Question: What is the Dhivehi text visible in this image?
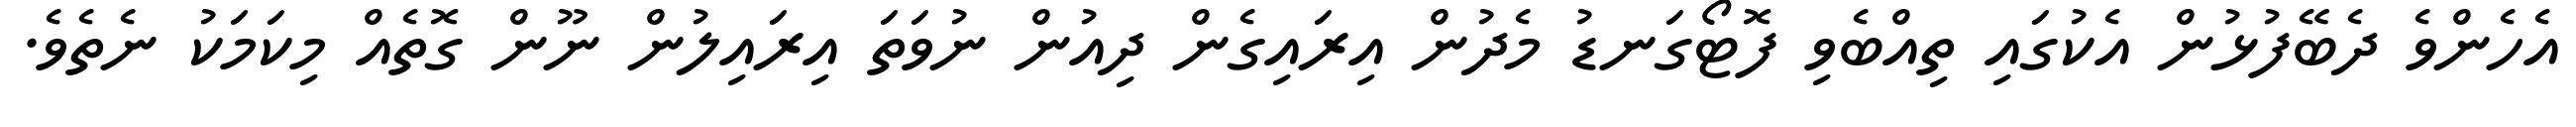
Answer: އެހެންވެ ދެބޭފުޅުން އެކުގައި ތިއްބެވި ފޮޓޯގަނޑު މެދުން އިރައިގެން ދިއުން ނުވަތަ އިރައިލުން ނޫން ގޮތެއް މިކަމަކު ނެތެވެ.